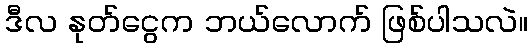
ဒီလ နုတ်ငွေက ဘယ်လောက် ဖြစ်ပါသလဲ။